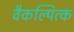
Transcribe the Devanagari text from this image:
वैकल्पित्क